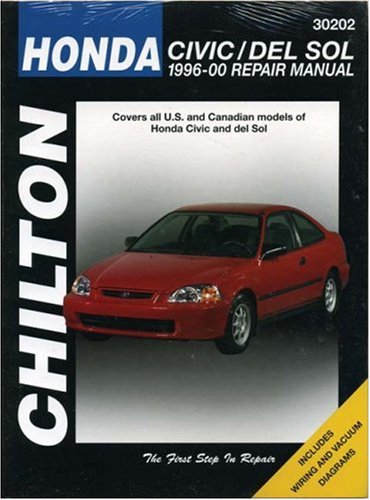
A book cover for Honda Civic/del Sol, 1996-2000 (Chilton Total Car Care Series Manuals); Chilton; Engineering & Transportation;